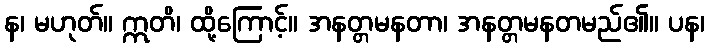
န၊ မဟုတ်။ ဣတိ၊ ထို့ကြောင့်။ အနတ္တမနတာ၊ အနတ္တမနတမည်၏။ ပန၊